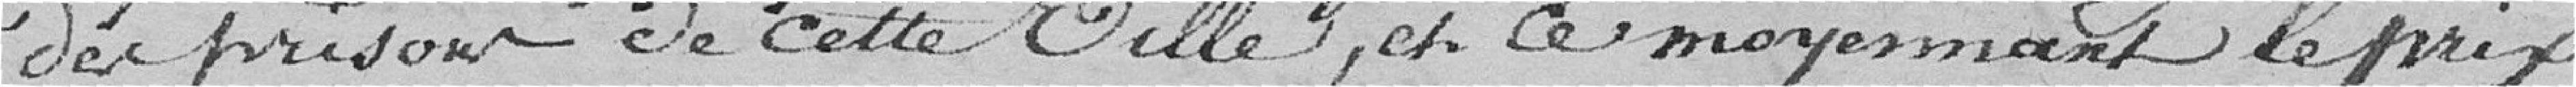
des prisons de cette Ville, et ce moyennant le prix